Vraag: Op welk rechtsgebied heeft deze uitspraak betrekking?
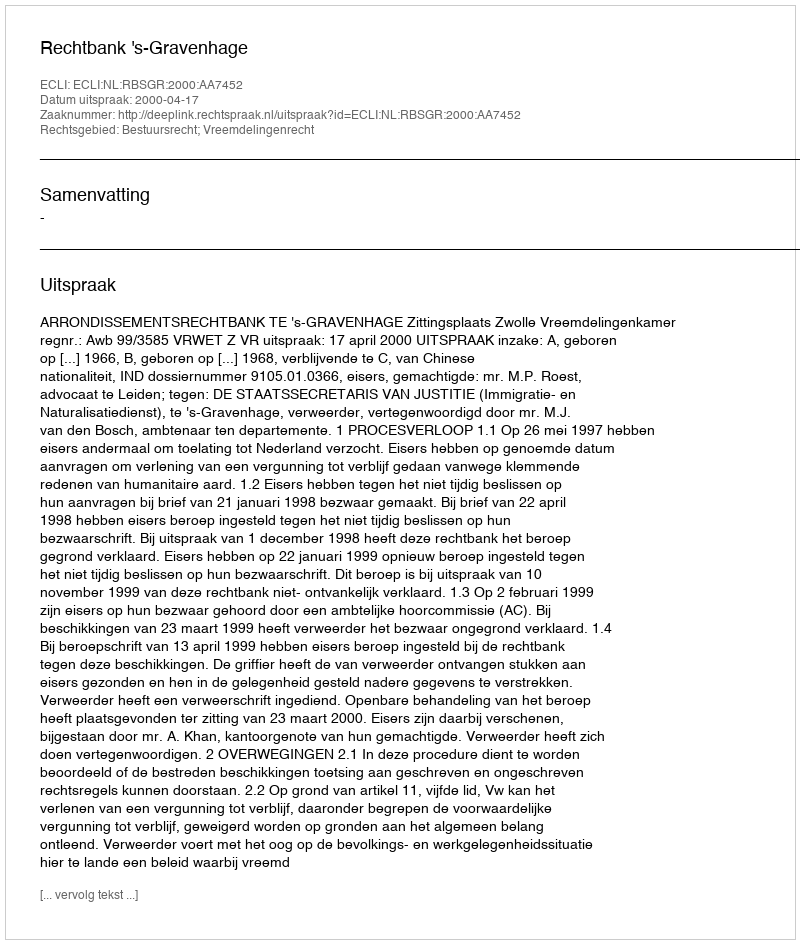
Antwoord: Bestuursrecht; Vreemdelingenrecht